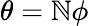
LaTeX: \theta=\mathbb{N}\phi